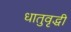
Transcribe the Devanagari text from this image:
धातुवृद्धी